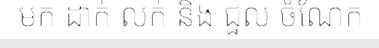
មក ដាក់ លក់ និង ជួល ចំណែក